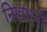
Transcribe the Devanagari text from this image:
निखारनी